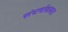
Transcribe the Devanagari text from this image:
संघर्षाबाबत